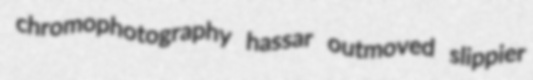
chromophotography hassar outmoved slippier